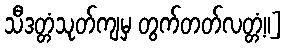
သီဒတ္တံသုတ်ကျမှ တွက်တတ်လတ္တံ့။]